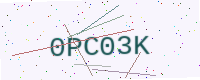
Text: 0PC03K